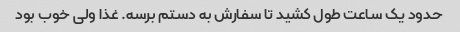
حدود یک ساعت طول کشید تا سفارش به دستم برسه. غذا ولی خوب بود